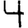
Digit: 4